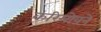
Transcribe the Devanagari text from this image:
करिमोवने